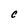
Character: C